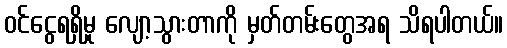
ဝင်ငွေရရှိမှု လျော့သွားတာကို မှတ်တမ်းတွေအရ သိရပါတယ်။